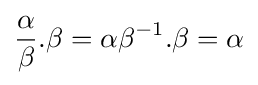
{\frac {\alpha }{\beta }}.\beta =\alpha \beta ^{-1}.\beta =\alpha